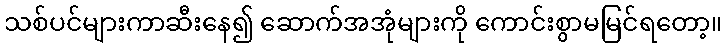
သစ်ပင်များကာဆီးနေ၍ ဆောက်အအုံများကို ကောင်းစွာမမြင်ရတော့။